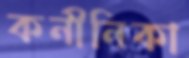
কনীনিকা